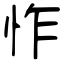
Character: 怍